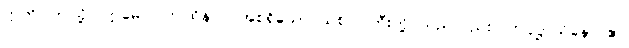
ဣတိ၊ ဤသို့။ ဣမေပိ၊ ဤထိန်ပင် အစရှိသော သစ်ပင်ကြီးတို့ သည်လည်း။ ကပ္ပဋ္ဌာယိနော ဧဝ